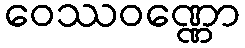
ဝေဿဝဏ္ဏော